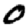
Digit: 0